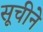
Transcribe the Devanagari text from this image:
सूचीने